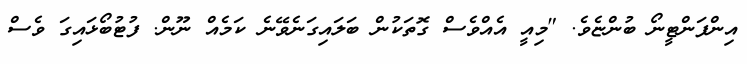
އިންފަންޓީނޯ ބުންޏެވެ. "މިއީ އެއްވެސް ގޮތަކުން ބަލައިގަނެވޭނެ ކަމެއް ނޫން. ފުޓުބޯޅައިގަ ވެސް